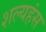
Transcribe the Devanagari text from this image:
शल्यहंस